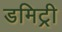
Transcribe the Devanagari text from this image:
डमिट्री